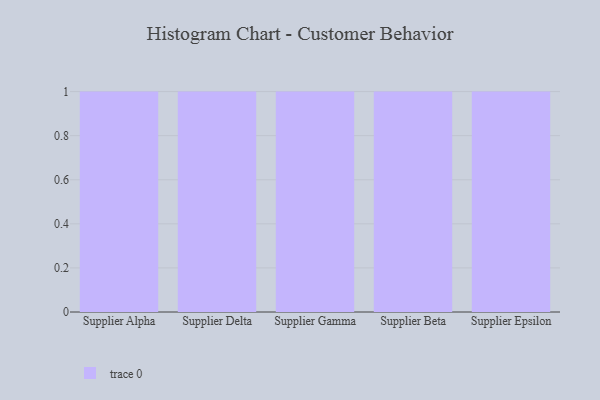
{"axis": {"x": "Supplier", "y": "Tickets Resolved"}, "legend": [""], "data": [{"x": "Supplier Alpha", "y": 8, "type": ""}, {"x": "Supplier Delta", "y": 84, "type": ""}, {"x": "Supplier Gamma", "y": 82, "type": ""}, {"x": "Supplier Beta", "y": 76, "type": ""}, {"x": "Supplier Epsilon", "y": 45, "type": ""}]}